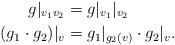
LaTeX: \begin{align*}g|_{v_1 v_2}&=g|_{v_1}|_{v_2}\\(g_1\cdot g_2)|_v&=g_1|_{g_2(v)}\cdot g_2|_v.\end{align*}